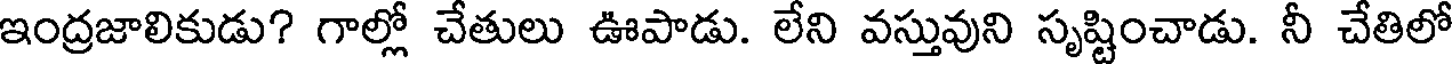
ఇంద్రజాలికుడు? గాల్లో చేతులు ఊపాడు. లేని వస్తువుని సృష్టించాడు. నీ చేతిలో